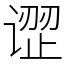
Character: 䜧